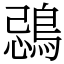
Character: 鵋